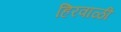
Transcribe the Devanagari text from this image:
हिरवाळी